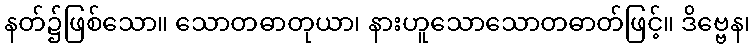
နတ်၌ဖြစ်သော။ သောတဓာတုယာ၊ နားဟူသောသောတဓာတ်ဖြင့်။ ဒိဗ္ဗေန၊